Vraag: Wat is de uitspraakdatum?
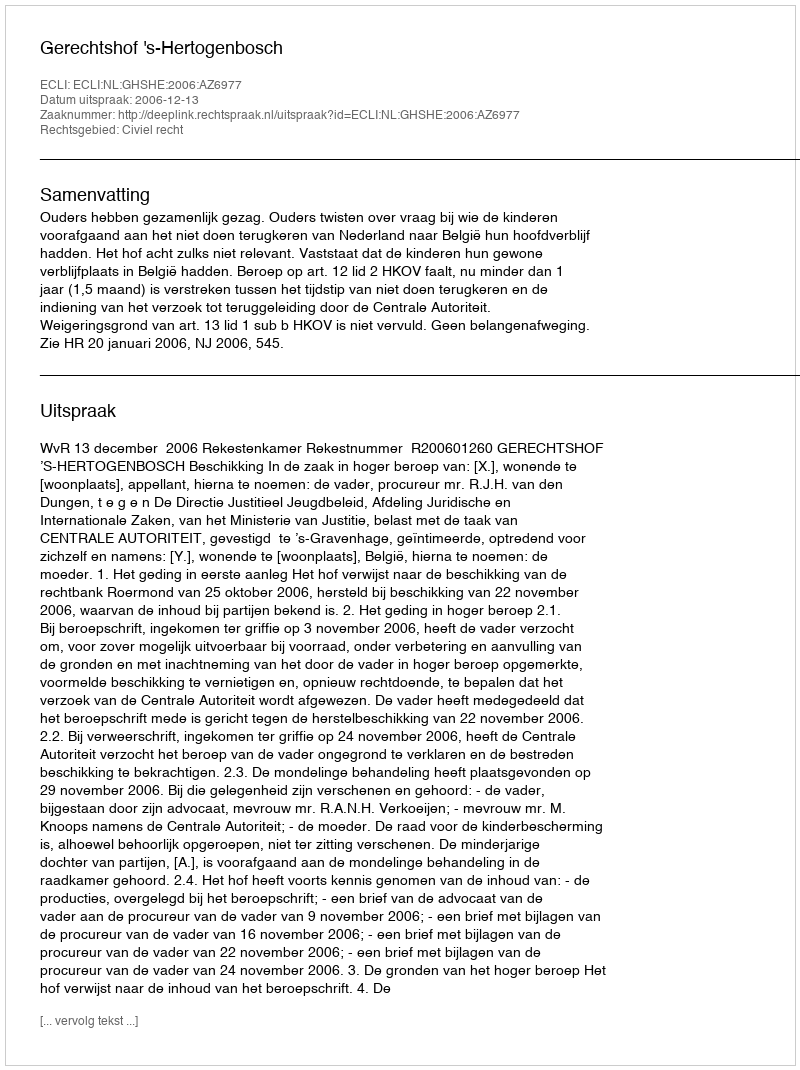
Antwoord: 2006-12-13